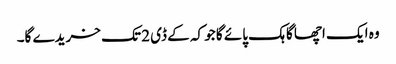
وہ ایک اچھا گاہک پائے گا جو کہ کے ڈی 2 تک خریدے گا۔